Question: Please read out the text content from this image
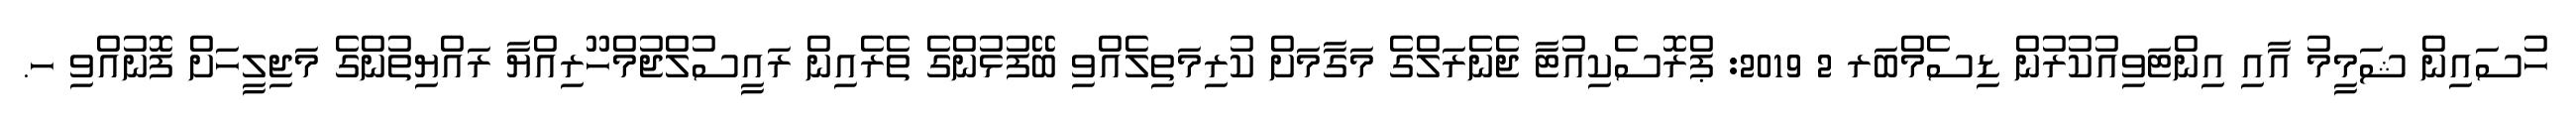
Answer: ހުސައިން ޝަމީމު އާއި އިންޓަވިއުކުރުން ޑިސެމްބަރ 2 2019: ޕްރޮސެކިއުޓާ ޖެނެރަލްގެ މަގާމަށް ކުރިމަތިލެއްވި ބޭފުޅުންގެ ތެރެއިން ރައީސުލްޖުމްހޫރިއްޔާ ރައްޔިތުންގެ މަޖިލީހަށް ފޮނުއްވި ހ.